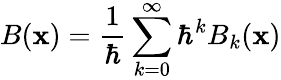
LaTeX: B(\mathbf{x})={\frac{{1}}{{\hbar}}}\sum_{k=0}^{\infty}\hbar^{k}B_{k}(\mathbf{x})